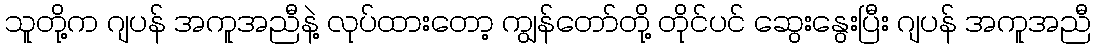
သူတို့က ဂျပန် အကူအညီနဲ့ လုပ်ထားတော့ ကျွန်တော်တို့ တိုင်ပင် ဆွေးနွေးပြီး ဂျပန် အကူအညီ